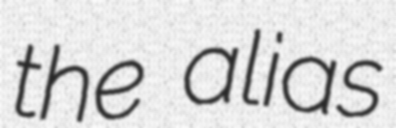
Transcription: the alias